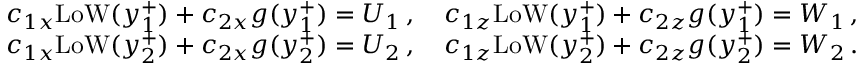
\begin{array} { r l } & { c _ { 1 x } \mathrm { L o W } ( y _ { 1 } ^ { + } ) + c _ { 2 x } g ( y _ { 1 } ^ { + } ) = U _ { 1 } \, , \quad c _ { 1 z } \mathrm { L o W } ( y _ { 1 } ^ { + } ) + c _ { 2 z } g ( y _ { 1 } ^ { + } ) = W _ { 1 } \, , } \\ & { c _ { 1 x } \mathrm { L o W } ( y _ { 2 } ^ { + } ) + c _ { 2 x } g ( y _ { 2 } ^ { + } ) = U _ { 2 } \, , \quad c _ { 1 z } \mathrm { L o W } ( y _ { 2 } ^ { + } ) + c _ { 2 z } g ( y _ { 2 } ^ { + } ) = W _ { 2 } \, . } \end{array}